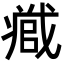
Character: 𭟹